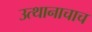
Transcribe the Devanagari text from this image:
उत्थानाचाच